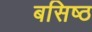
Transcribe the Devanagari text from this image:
बसिष्ठ